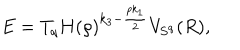
LaTeX: E = T _ { q } H ( \rho ) ^ { k _ { 3 } - \frac { p k _ { 1 } } { 2 } } V _ { { \bf S } ^ { q } } ( R ) ,